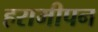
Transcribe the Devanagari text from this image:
हरामीपन